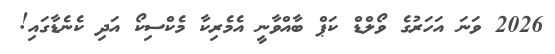
2026 ވަނަ އަހަރުގެ ވޯލްޑް ކަޕް ބާއްވާނީ އެމެރިކާ މެކްސިކޯ އަދި ކެނެޑާގައި!